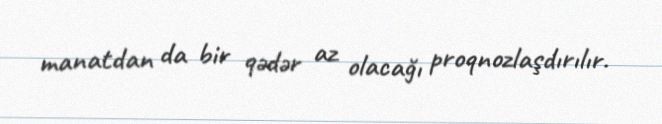
manatdan da bir qədər az olacağı proqnozlaşdırılır.